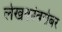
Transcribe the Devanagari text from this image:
लेखकांबरोबर